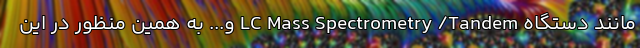
مانند دستگاه LC Mass Spectrometry /Tandem و... به همین منظور در این